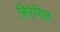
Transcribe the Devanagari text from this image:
बिरेनिल